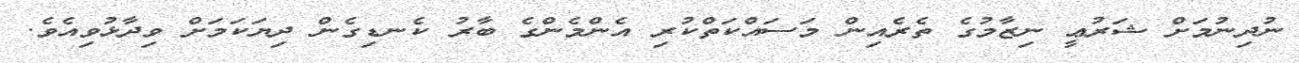
ނުދިނުމަށް ޝަރުޢީ ނިޒާމުގެ ތެރެއިން މަސައްކަތްކުރި އެންމެންގެ ބާރު ކެނޑިގެން ދިޔަކަމަށް ވިދާޅުވިއެވެ.